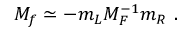
M _ { f } \simeq - m _ { L } M _ { F } ^ { - 1 } m _ { R } \ .